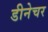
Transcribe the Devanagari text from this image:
डीनेचर